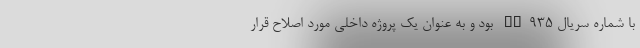
با شماره سریال WK935 بود و به عنوان یک پروژه داخلی مورد اصلاح قرار